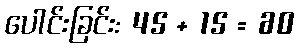
ပေါင်းခြင်း: 45 + 15 = 60